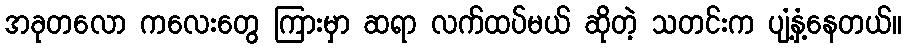
အခုတလော ကလေးတွေ ကြားမှာ ဆရာ လက်ထပ်မယ် ဆိုတဲ့ သတင်းက ပျံ့နှံ့နေတယ်။